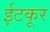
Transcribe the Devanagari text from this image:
ईटकूर